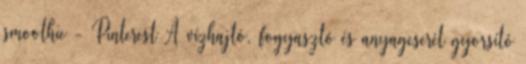
smoothie - Pinterest A vízhajtó, fogyasztó és anyagcserét gyorsító